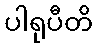
ပါရုပီတိ